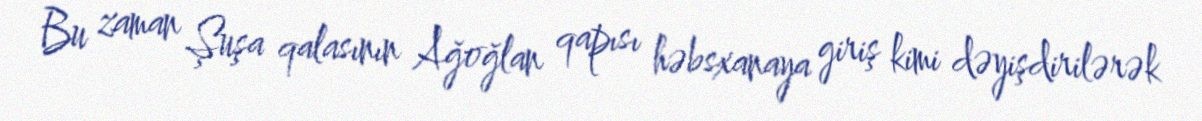
Bu zaman Şuşa qalasının Ağoğlan qapısı həbsxanaya giriş kimi dəyişdirilərək